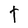
Character: t